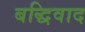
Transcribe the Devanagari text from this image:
बद्धिवाद